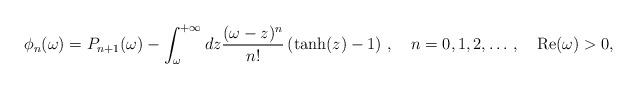
LaTeX: \begin{align*}\phi_n(\omega)= P_{n+1}(\omega)-\int_\omega^{+\infty}dz\frac{(\omega-z)^n}{n!}\left(\tanh(z)-1\right)\,,\quad n=0,1,2,\dots \,,\quad {\rm Re}(\omega)>0,\end{align*}